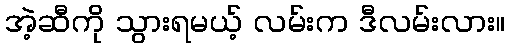
အဲ့ဆီကို သွားရမယ့် လမ်းက ဒီလမ်းလား။